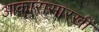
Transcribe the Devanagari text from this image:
आकारासारखी